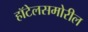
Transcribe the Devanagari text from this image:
हॉटेलसमोरील